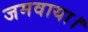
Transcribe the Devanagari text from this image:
जमवाया।